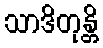
သာဒိတုန္တိ